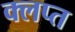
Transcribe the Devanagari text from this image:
क्लप्त